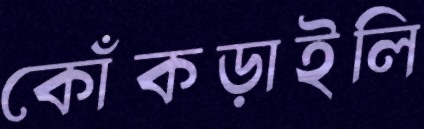
কোঁকড়াইলি